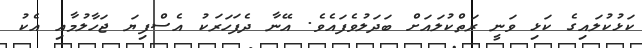
ކަޅުކުލައިގެ ކަޅި ވަނީ ރަތްކުލައަށް ބަދަލުވެފައެވެ. އޭނާ ދެފަހަރަކު އެސްފިޔަ ޖަހާލުމާއި އެކު